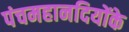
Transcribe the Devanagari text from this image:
पंचमहानदियोंके